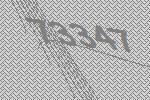
73347